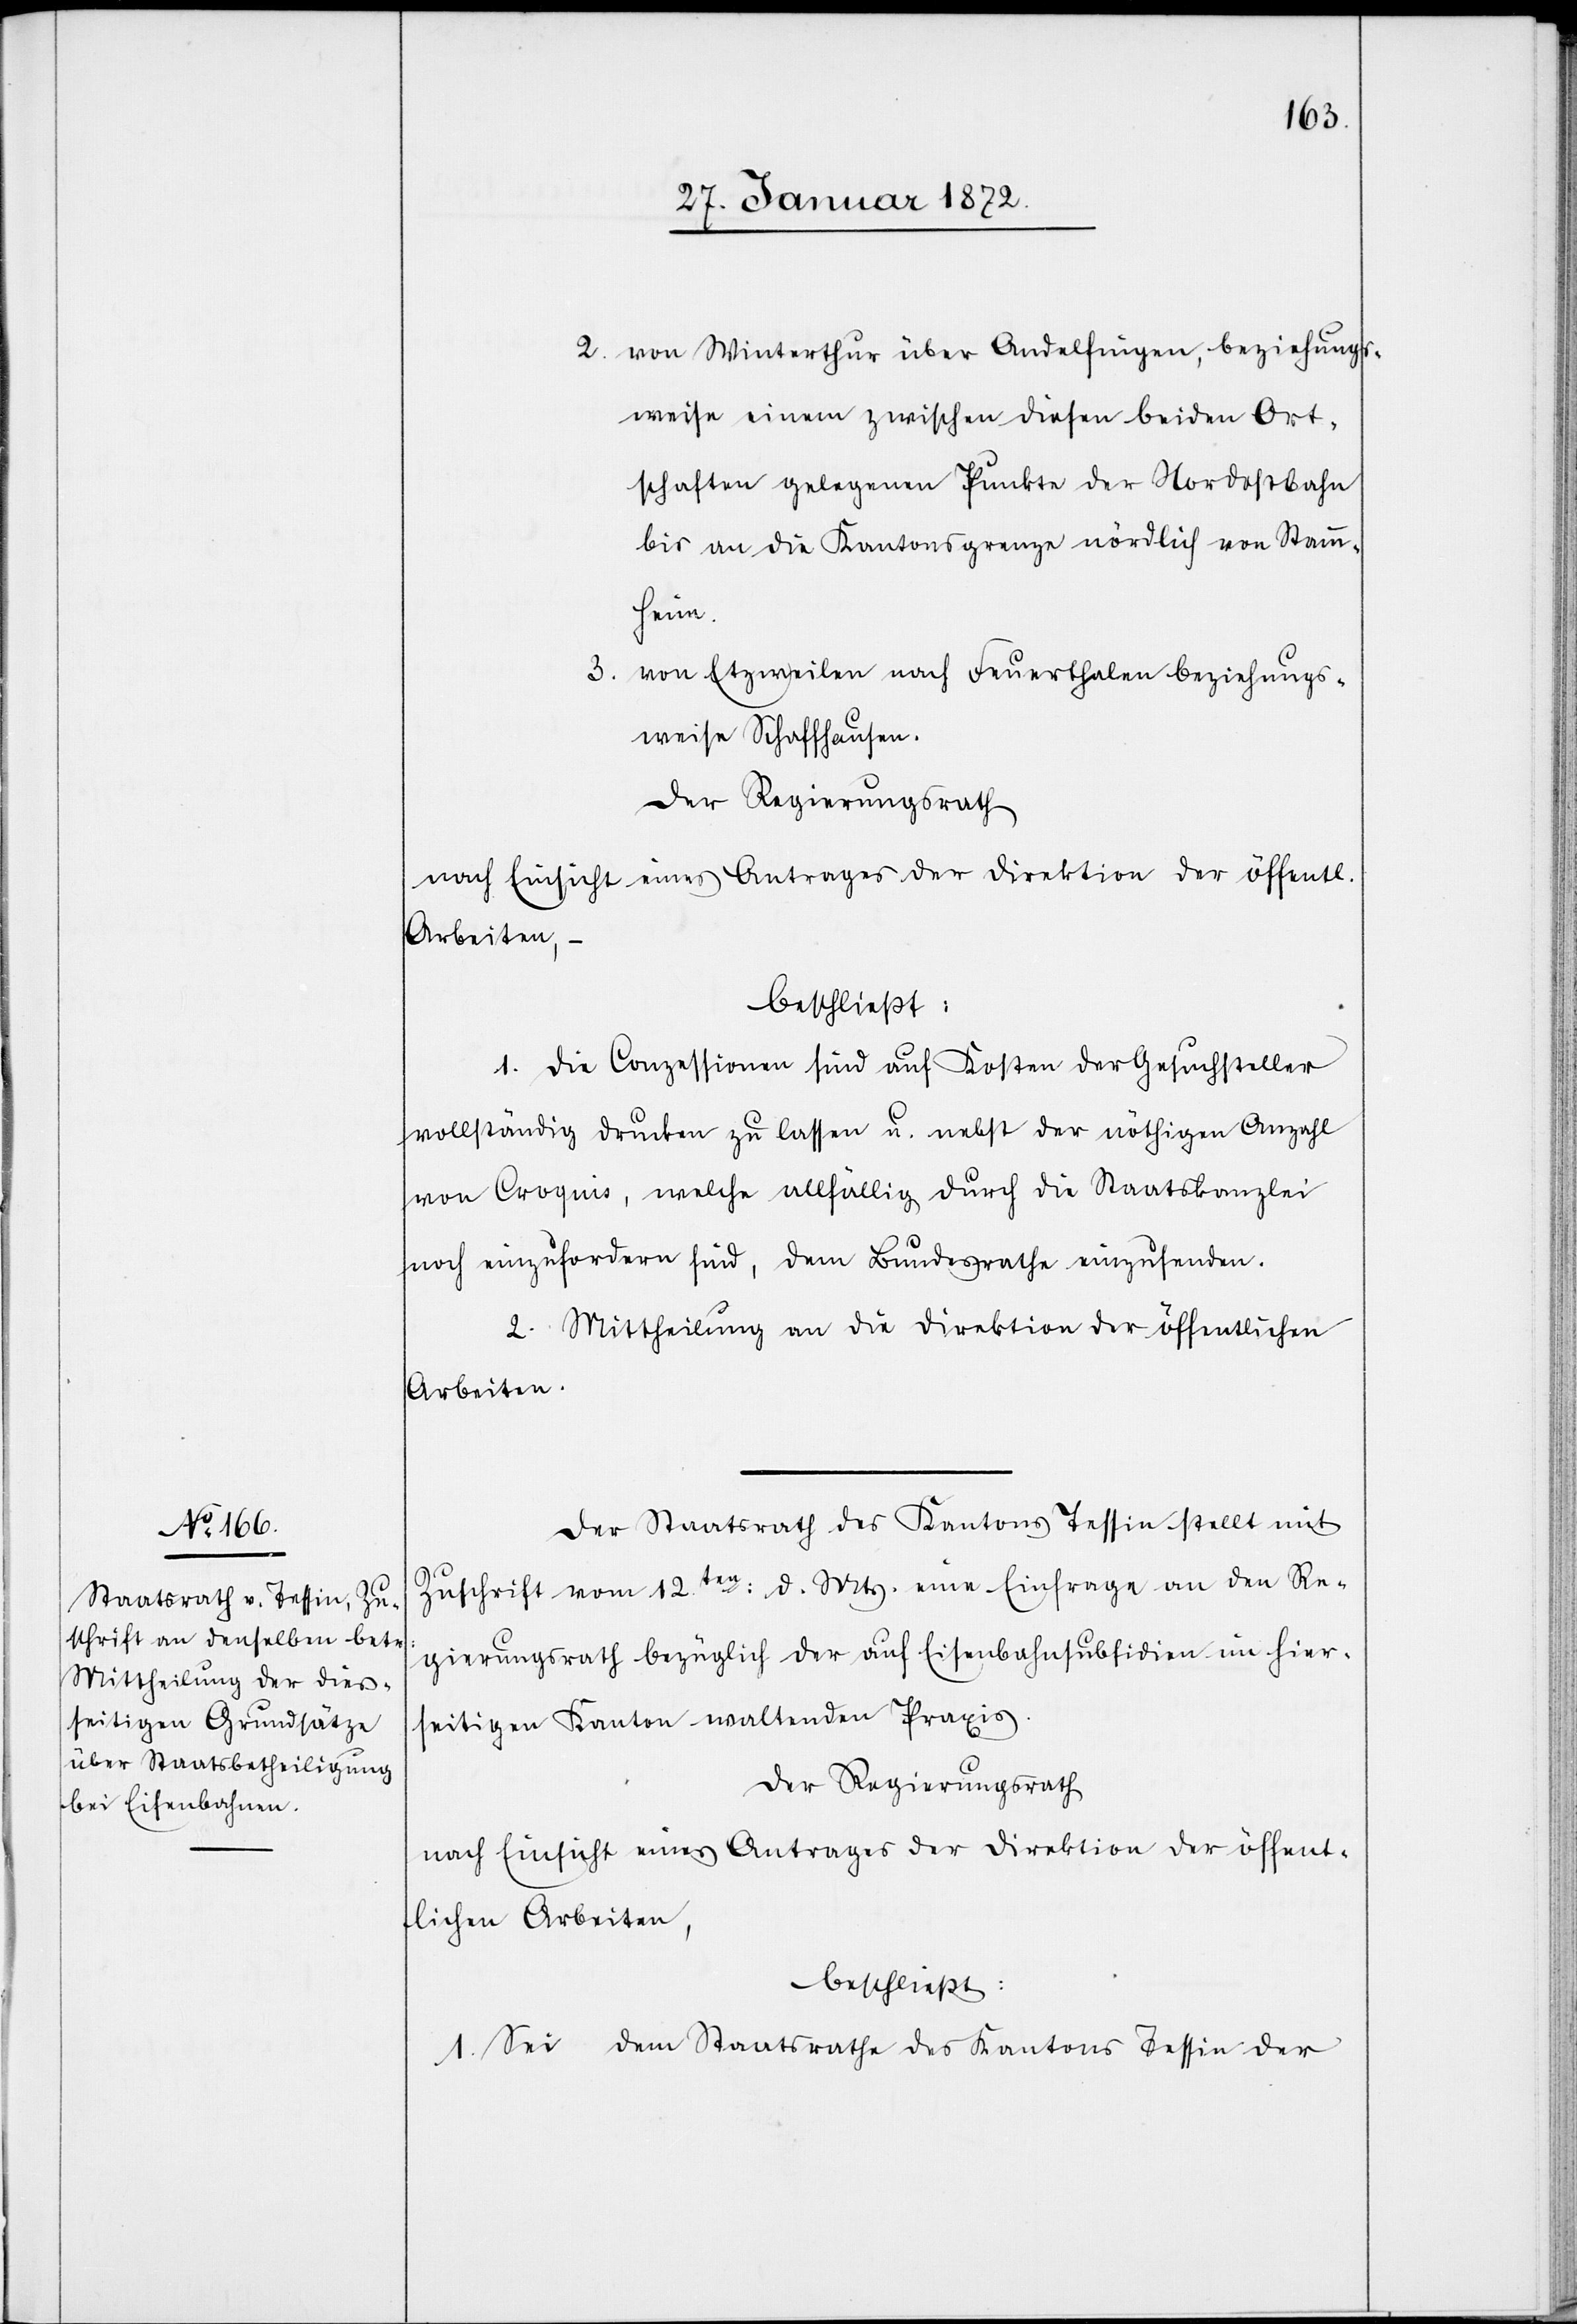
von Winterthur über Andelfingen, beziehungs¬
weise einem zwischen diesen beiden Ort¬
schaften gelegenen Punkte der Nordostbahn
bis an die Kantonsgrenze nördlich von Stamm¬
heim.
von Etzweilen nach Feuerthalen beziehungs¬
weise Schaffhausen.
Der Regierungsrath
nach Einsicht eines Antrages der Direktion der öffentl.
Arbeiten, –
beschließt:
1. Die Conzessionen sind auf Kosten der Gesuchsteller
vollständig drucken zu lassen u. nebst der nöthigen Anzahl
von Croquis, welche allfällig durch die Staatskanzlei
noch einzufordern sind, dem Bundesrathe einzusenden.
2. Mittheilung an die Direktion der öffentlichen
Arbeiten.
Der Staatsrath des Kantons Tessin stellt mit
Zuschrift vom 12ten: d. Mts. eine Einfrage an den Re¬
gierungsrath bezüglich der auf Eisenbahnsubsidien im hiers¬
eitigen Kanton waltenden Praxis.
Der Regierungsrath
nach Einsicht eines Antrages der Direktion der öffent¬
lichen Arbeiten,
beschließt:
1. Sei dem Staatsrathe des Kantons Tessin der